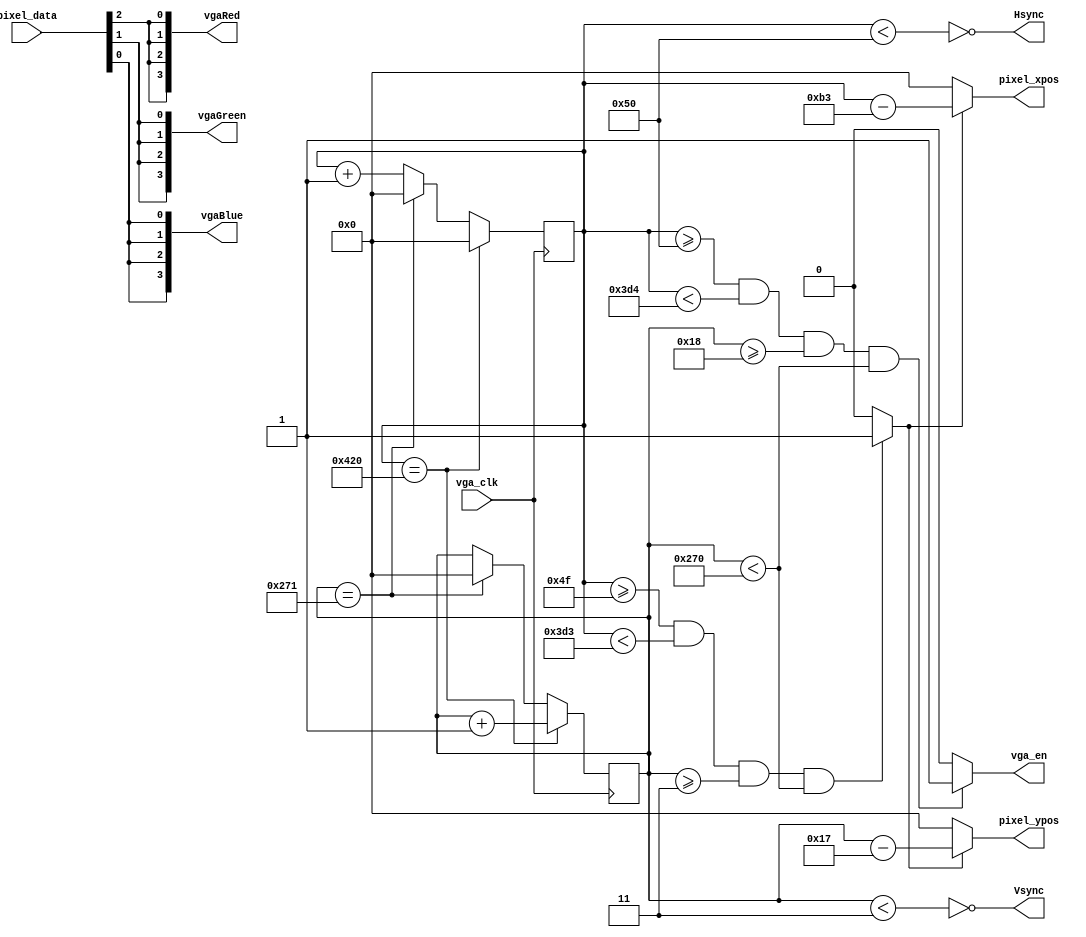
module vga_dri(
    input                vga_clk,    //
    input        [2:0]   pixel_data,  //
    
    output               Hsync,
    output               Vsync,
    output       [10:0]  pixel_xpos,  //
    output       [10:0]  pixel_ypos,  //   
    //RGB LCD
    output               vga_en,      //vga 
    output [3:0]         vgaRed,
    output [3:0]         vgaGreen,
    output [3:0]         vgaBlue
    );

//parameter define  800*600
parameter  H_SYNC   =  11'd80;     //
parameter  H_BACK   =  11'd100;      //
parameter  H_DISP   =  11'd800;    //
parameter  H_FRONT  =  11'd76;      //
parameter  H_TOTAL  =  11'd1056;    //
   
parameter  V_SYNC   =  11'd3;      //
parameter  V_BACK   =  11'd21;     //
parameter  V_DISP   =  11'd600;    //
parameter  V_FRONT  =  11'd1;      //
parameter  V_TOTAL  =  11'd625;    //

//reg define
reg  [10:0] h_cnt = 0;
reg  [10:0] v_cnt = 0;

//wire define    
wire        data_req;
wire        h_valid;
wire        v_valid;

//
assign Hsync =  !(h_cnt < H_SYNC); 
assign Vsync =  !(v_cnt < V_SYNC);   

assign h_valid =  (h_cnt >= H_SYNC) && (h_cnt < H_SYNC + H_BACK + H_DISP); 
assign v_valid =  (v_cnt >= V_SYNC) && (v_cnt < V_SYNC + V_BACK + V_DISP);   

assign vga_en = ((h_cnt >= H_SYNC) && (h_cnt < H_SYNC + H_BACK + H_DISP)
                  && (v_cnt >= V_SYNC + V_BACK) && (v_cnt < V_SYNC + V_BACK + V_DISP)) 
                  ? 1'b1 : 1'b0;

//  
assign data_req = ((h_cnt >= H_SYNC - 1'b1) && (h_cnt < H_SYNC + H_BACK + H_DISP - 1'b1)
                  && (v_cnt >= V_SYNC) && (v_cnt < V_SYNC + V_BACK + V_DISP)) 
                  ? 1'b1 : 1'b0;

//  
assign pixel_xpos = data_req ? (h_cnt - (H_SYNC + H_BACK - 1'b1)) : 11'd0;
assign pixel_ypos = data_req ? (v_cnt - (V_SYNC + V_BACK - 1'b1)) : 11'd0;

//
assign  vgaRed   = {4{pixel_data[2]}};                                          
assign  vgaBlue  = {4{pixel_data[0]}};
assign  vgaGreen = {4{pixel_data[1]}};

always @(posedge vga_clk) begin
    if(h_cnt  ==  H_TOTAL ) begin
        h_cnt <= 11'b0;
        v_cnt <= v_cnt + 1'b1;
        end
    else if(v_cnt == V_TOTAL) begin
        h_cnt <= 11'b0;
        v_cnt <= 11'b0;
        end
    else
        h_cnt <= h_cnt + 1'b1;
end

endmodule